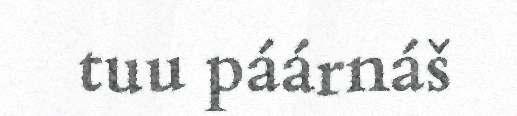
tuu páárnáš